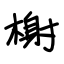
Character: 榭